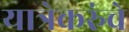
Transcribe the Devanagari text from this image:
यात्रेकरुंचे